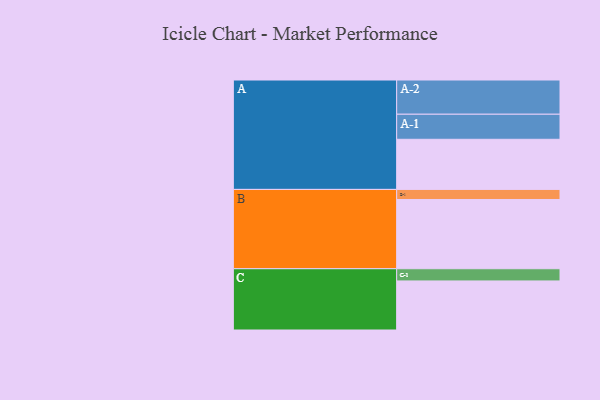
{"axis": {"x": "Segment", "y": "Value"}, "legend": ["", "A", "B", "C"], "data": [{"x": "A", "y": 328, "type": ""}, {"x": "B", "y": 453, "type": ""}, {"x": "C", "y": 321, "type": ""}, {"x": "A-1", "y": 164, "type": "A"}, {"x": "A-2", "y": 224, "type": "A"}, {"x": "B-1", "y": 66, "type": "B"}, {"x": "C-1", "y": 80, "type": "C"}]}